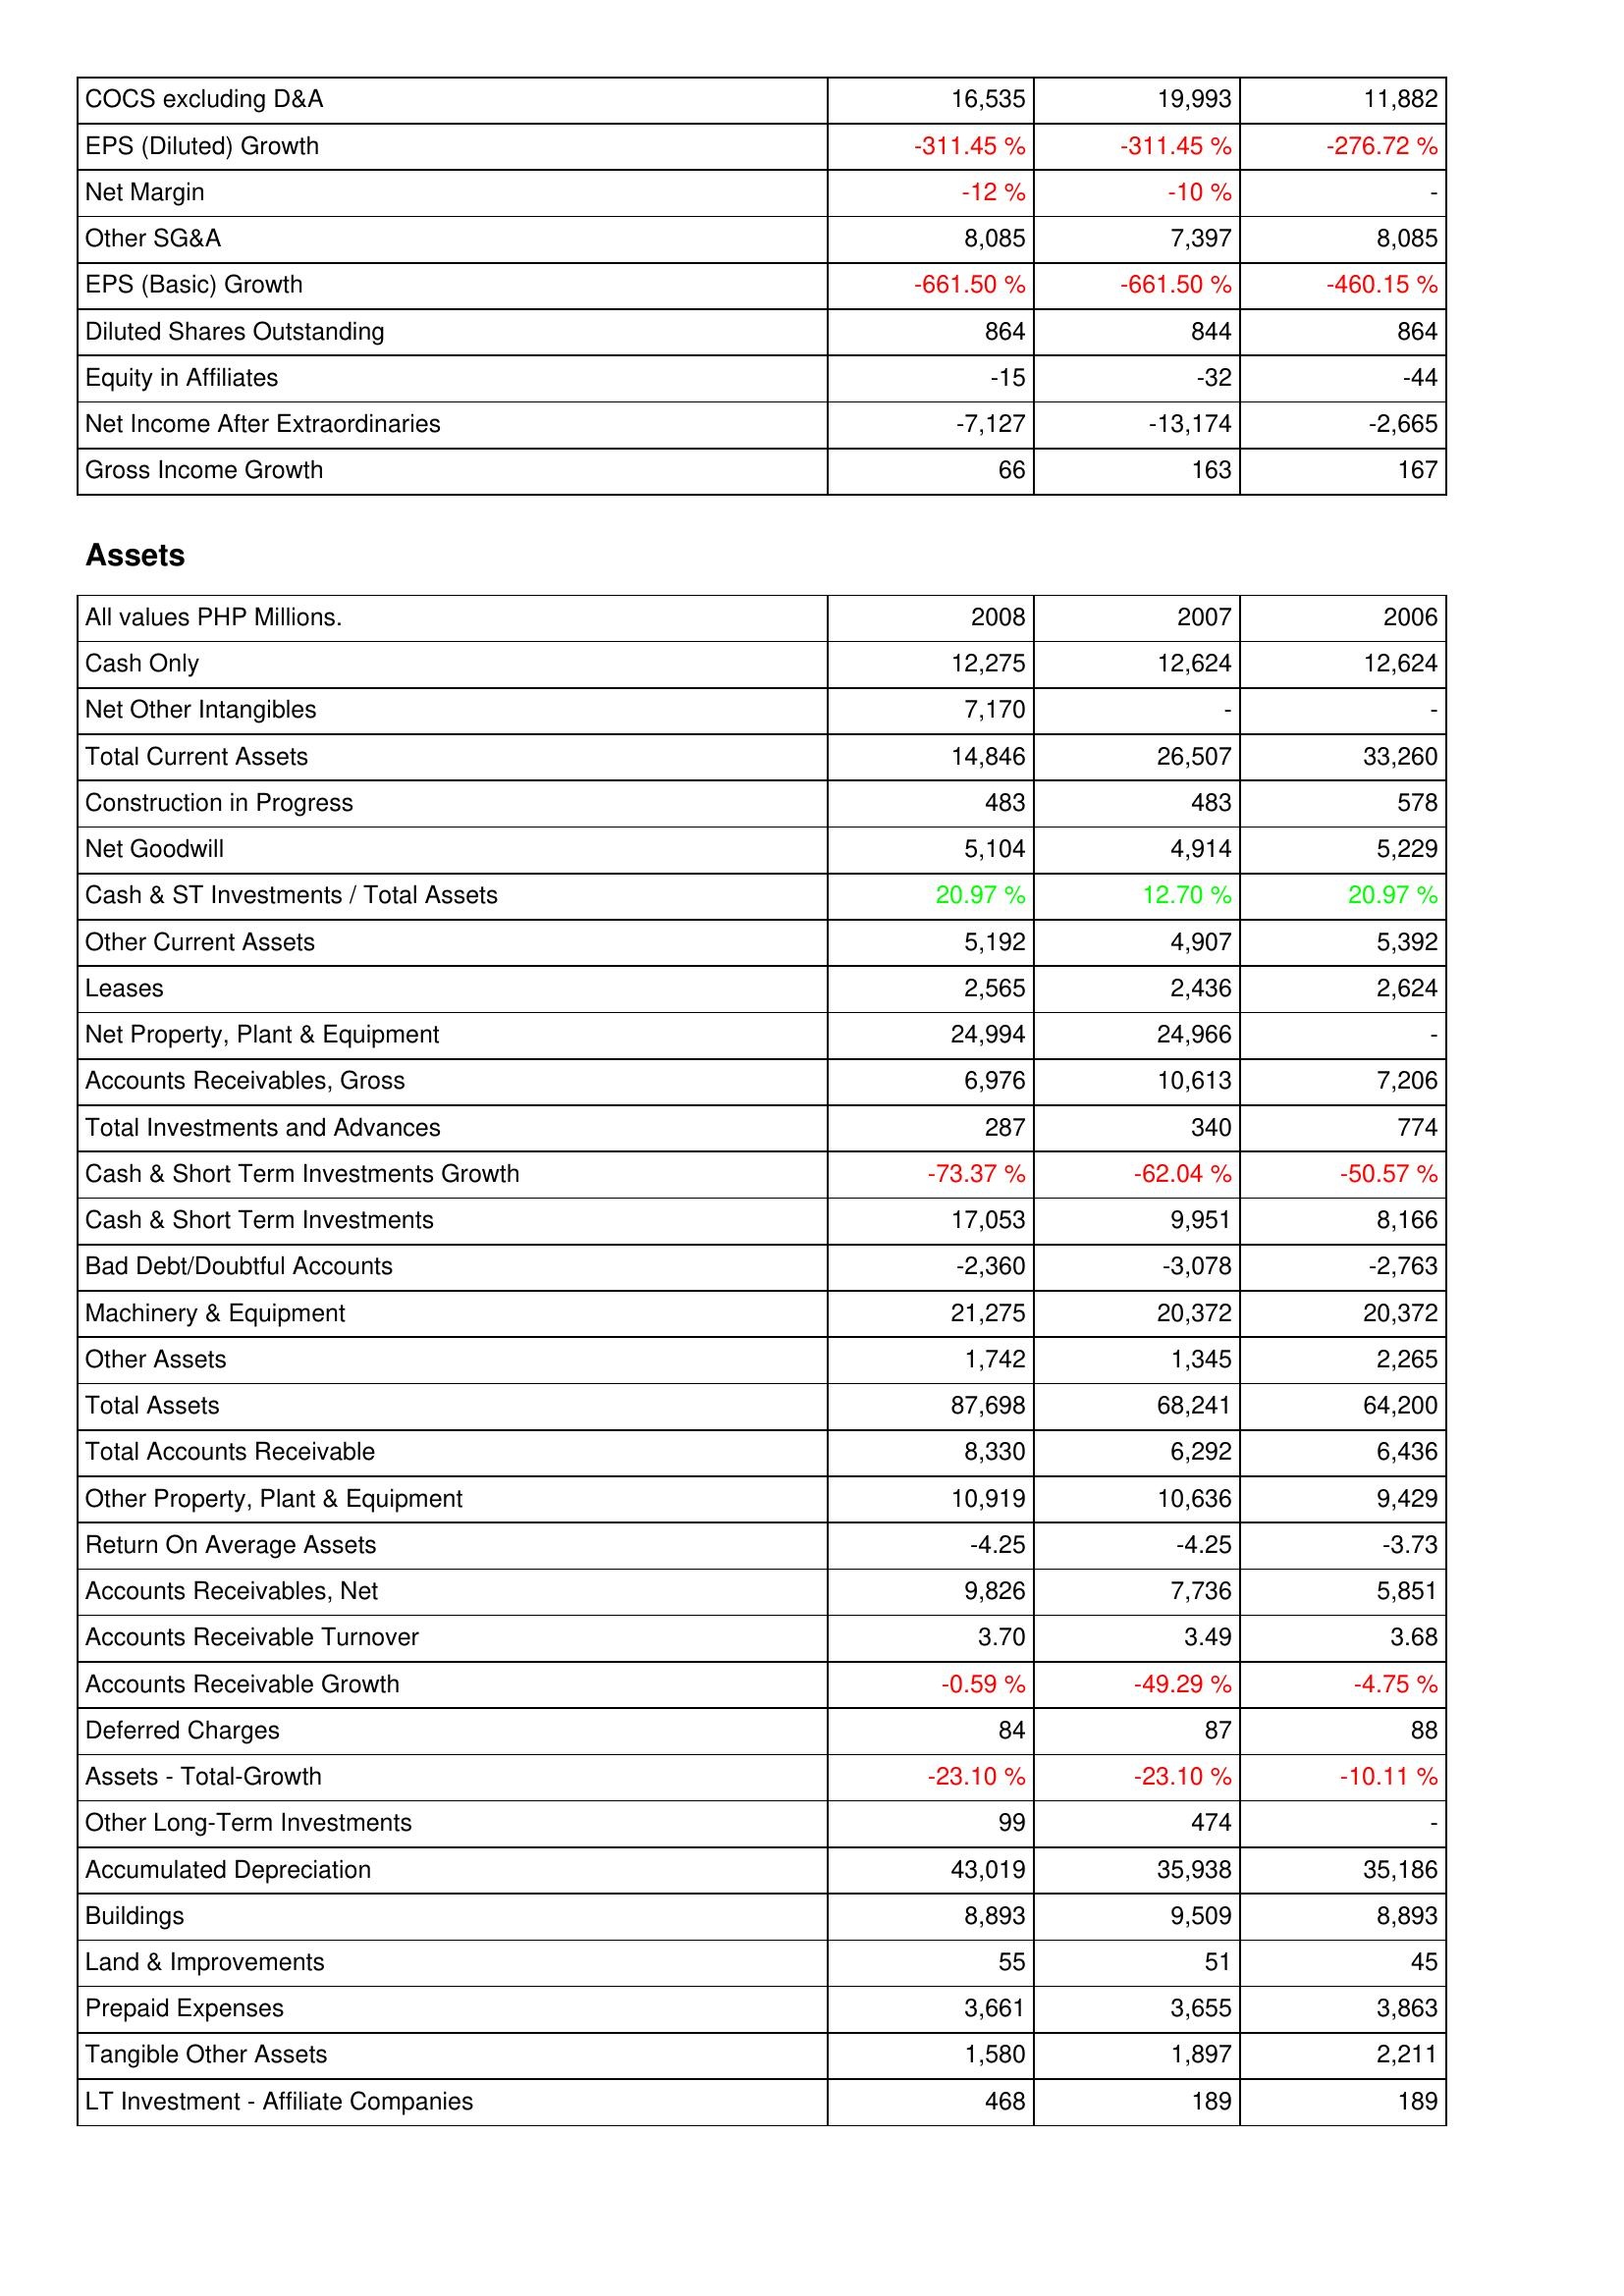
2008: Income Statement: COCS excluding D&A: 16,535
EPS (Diluted) Growth: -311.45 %
Net Margin: -12 %
Other SG&A: 8,085
EPS (Basic) Growth: -661.50 %
Diluted Shares Outstanding: 864
Equity in Affiliates: -15
Net Income After Extraordinaries: -7,127
Gross Income Growth: 66
Assets: Cash Only: 12,275
Net Other Intangibles: 7,170
Total Current Assets: 14,846
Construction in Progress: 483
Net Goodwill: 5,104
Cash & ST Investments / Total Assets: 20.97 %
Other Current Assets: 5,192
Leases: 2,565
Net Property, Plant & Equipment: 24,994
Accounts Receivables, Gross: 6,976
Total Investments and Advances: 287
Cash & Short Term Investments Growth: -73.37 %
Cash & Short Term Investments: 17,053
Bad Debt/Doubtful Accounts: -2,360
Machinery & Equipment: 21,275
Other Assets: 1,742
Total Assets: 87,698
Total Accounts Receivable: 8,330
Other Property, Plant & Equipment: 10,919
Return On Average Assets: -4.25
Accounts Receivables, Net: 9,826
Accounts Receivable Turnover: 3.70
Accounts Receivable Growth: -0.59 %
Deferred Charges: 84
Assets - Total-Growth: -23.10 %
Other Long-Term Investments: 99
Accumulated Depreciation: 43,019
Buildings: 8,893
Land & Improvements: 55
Prepaid Expenses: 3,661
Tangible Other Assets: 1,580
LT Investment - Affiliate Companies: 468
2007: Income Statement: COCS excluding D&A: 19,993
EPS (Diluted) Growth: -311.45 %
Net Margin: -10 %
Other SG&A: 7,397
EPS (Basic) Growth: -661.50 %
Diluted Shares Outstanding: 844
Equity in Affiliates: -32
Net Income After Extraordinaries: -13,174
Gross Income Growth: 163
Assets: Cash Only: 12,624
Net Other Intangibles: -
Total Current Assets: 26,507
Construction in Progress: 483
Net Goodwill: 4,914
Cash & ST Investments / Total Assets: 12.70 %
Other Current Assets: 4,907
Leases: 2,436
Net Property, Plant & Equipment: 24,966
Accounts Receivables, Gross: 10,613
Total Investments and Advances: 340
Cash & Short Term Investments Growth: -62.04 %
Cash & Short Term Investments: 9,951
Bad Debt/Doubtful Accounts: -3,078
Machinery & Equipment: 20,372
Other Assets: 1,345
Total Assets: 68,241
Total Accounts Receivable: 6,292
Other Property, Plant & Equipment: 10,636
Return On Average Assets: -4.25
Accounts Receivables, Net: 7,736
Accounts Receivable Turnover: 3.49
Accounts Receivable Growth: -49.29 %
Deferred Charges: 87
Assets - Total-Growth: -23.10 %
Other Long-Term Investments: 474
Accumulated Depreciation: 35,938
Buildings: 9,509
Land & Improvements: 51
Prepaid Expenses: 3,655
Tangible Other Assets: 1,897
LT Investment - Affiliate Companies: 189
2006: Income Statement: COCS excluding D&A: 11,882
EPS (Diluted) Growth: -276.72 %
Net Margin: -
Other SG&A: 8,085
EPS (Basic) Growth: -460.15 %
Diluted Shares Outstanding: 864
Equity in Affiliates: -44
Net Income After Extraordinaries: -2,665
Gross Income Growth: 167
Assets: Cash Only: 12,624
Net Other Intangibles: -
Total Current Assets: 33,260
Construction in Progress: 578
Net Goodwill: 5,229
Cash & ST Investments / Total Assets: 20.97 %
Other Current Assets: 5,392
Leases: 2,624
Net Property, Plant & Equipment: -
Accounts Receivables, Gross: 7,206
Total Investments and Advances: 774
Cash & Short Term Investments Growth: -50.57 %
Cash & Short Term Investments: 8,166
Bad Debt/Doubtful Accounts: -2,763
Machinery & Equipment: 20,372
Other Assets: 2,265
Total Assets: 64,200
Total Accounts Receivable: 6,436
Other Property, Plant & Equipment: 9,429
Return On Average Assets: -3.73
Accounts Receivables, Net: 5,851
Accounts Receivable Turnover: 3.68
Accounts Receivable Growth: -4.75 %
Deferred Charges: 88
Assets - Total-Growth: -10.11 %
Other Long-Term Investments: -
Accumulated Depreciation: 35,186
Buildings: 8,893
Land & Improvements: 45
Prepaid Expenses: 3,863
Tangible Other Assets: 2,211
LT Investment - Affiliate Companies: 189